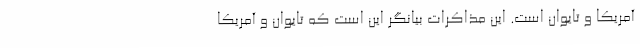
آمریکا و تایوان است. این مذاکرات بیانگر این است که تایوان و آمریکا